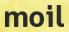
moil